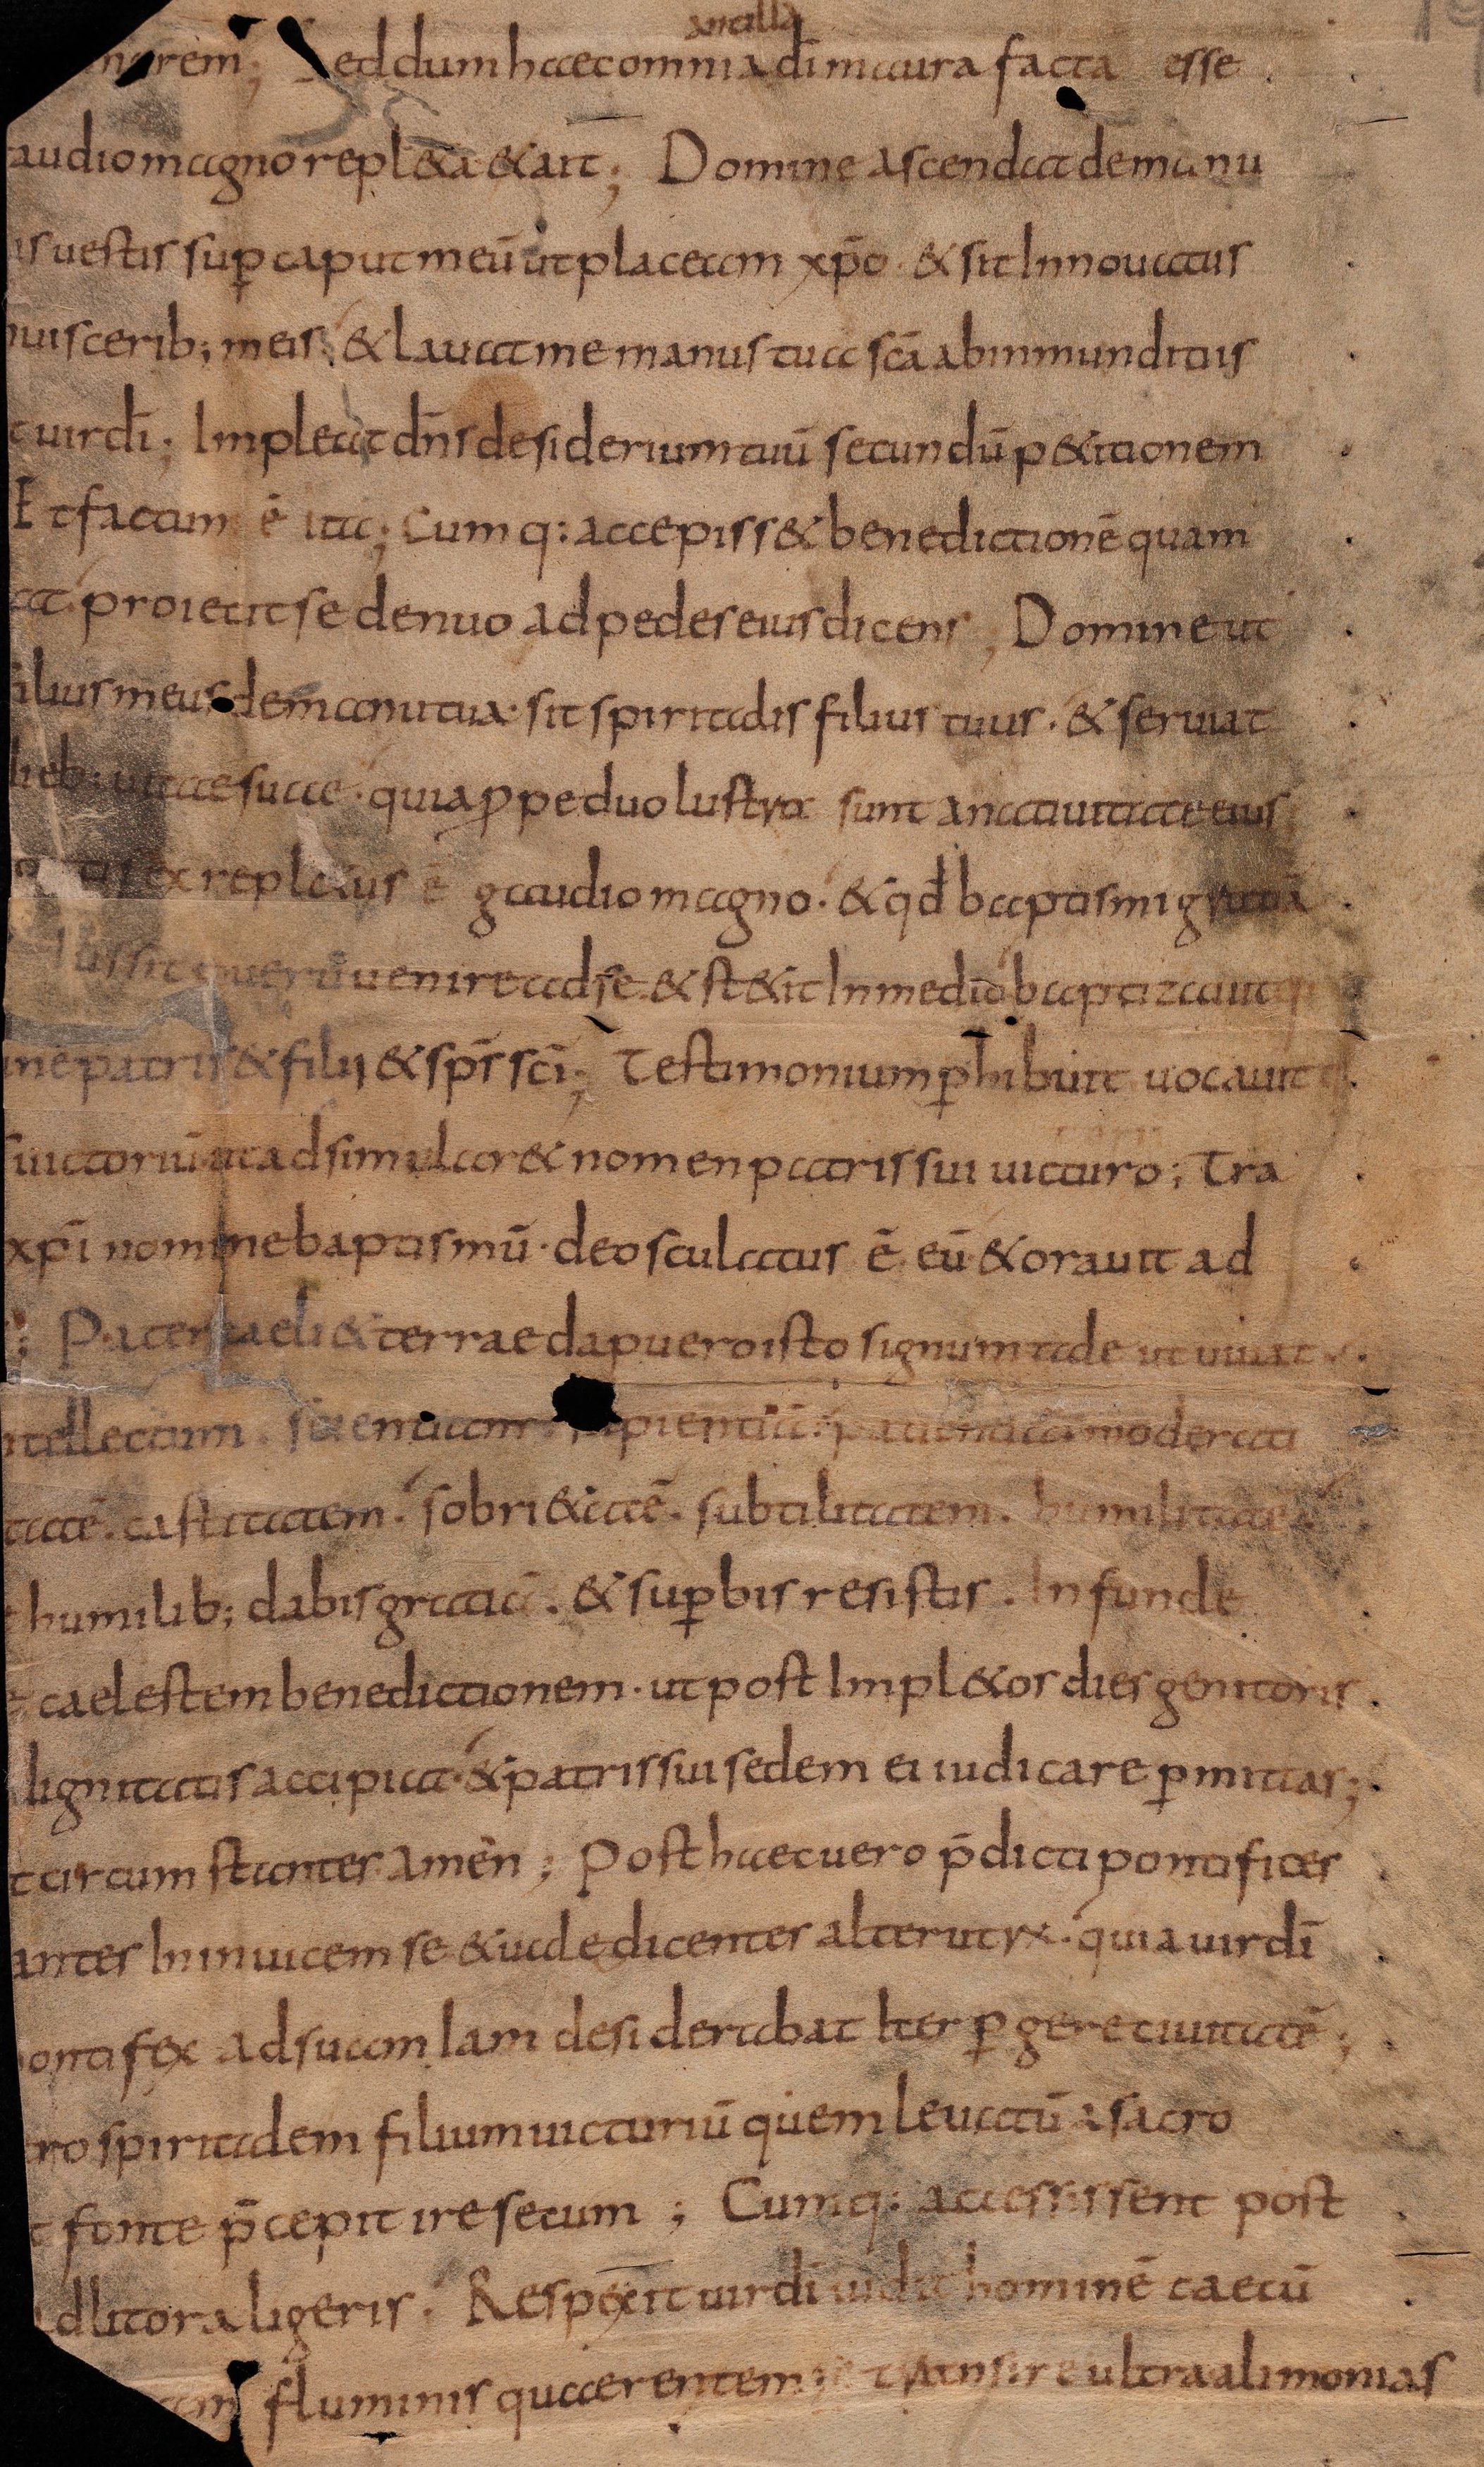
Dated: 834–865